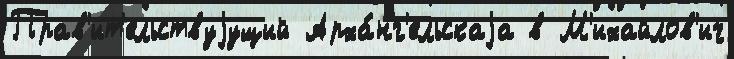
Прав'ит'ельствуjущий Арха́нг'ельскаjа в М'ихайлов'ич